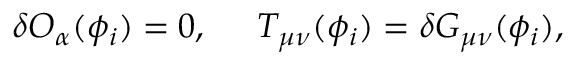
\delta { \cal O } _ { \alpha } ( \phi _ { i } ) = 0 , \; \; \; \; \; T _ { \mu \nu } ( \phi _ { i } ) = \delta G _ { \mu \nu } ( \phi _ { i } ) ,